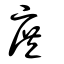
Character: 庻